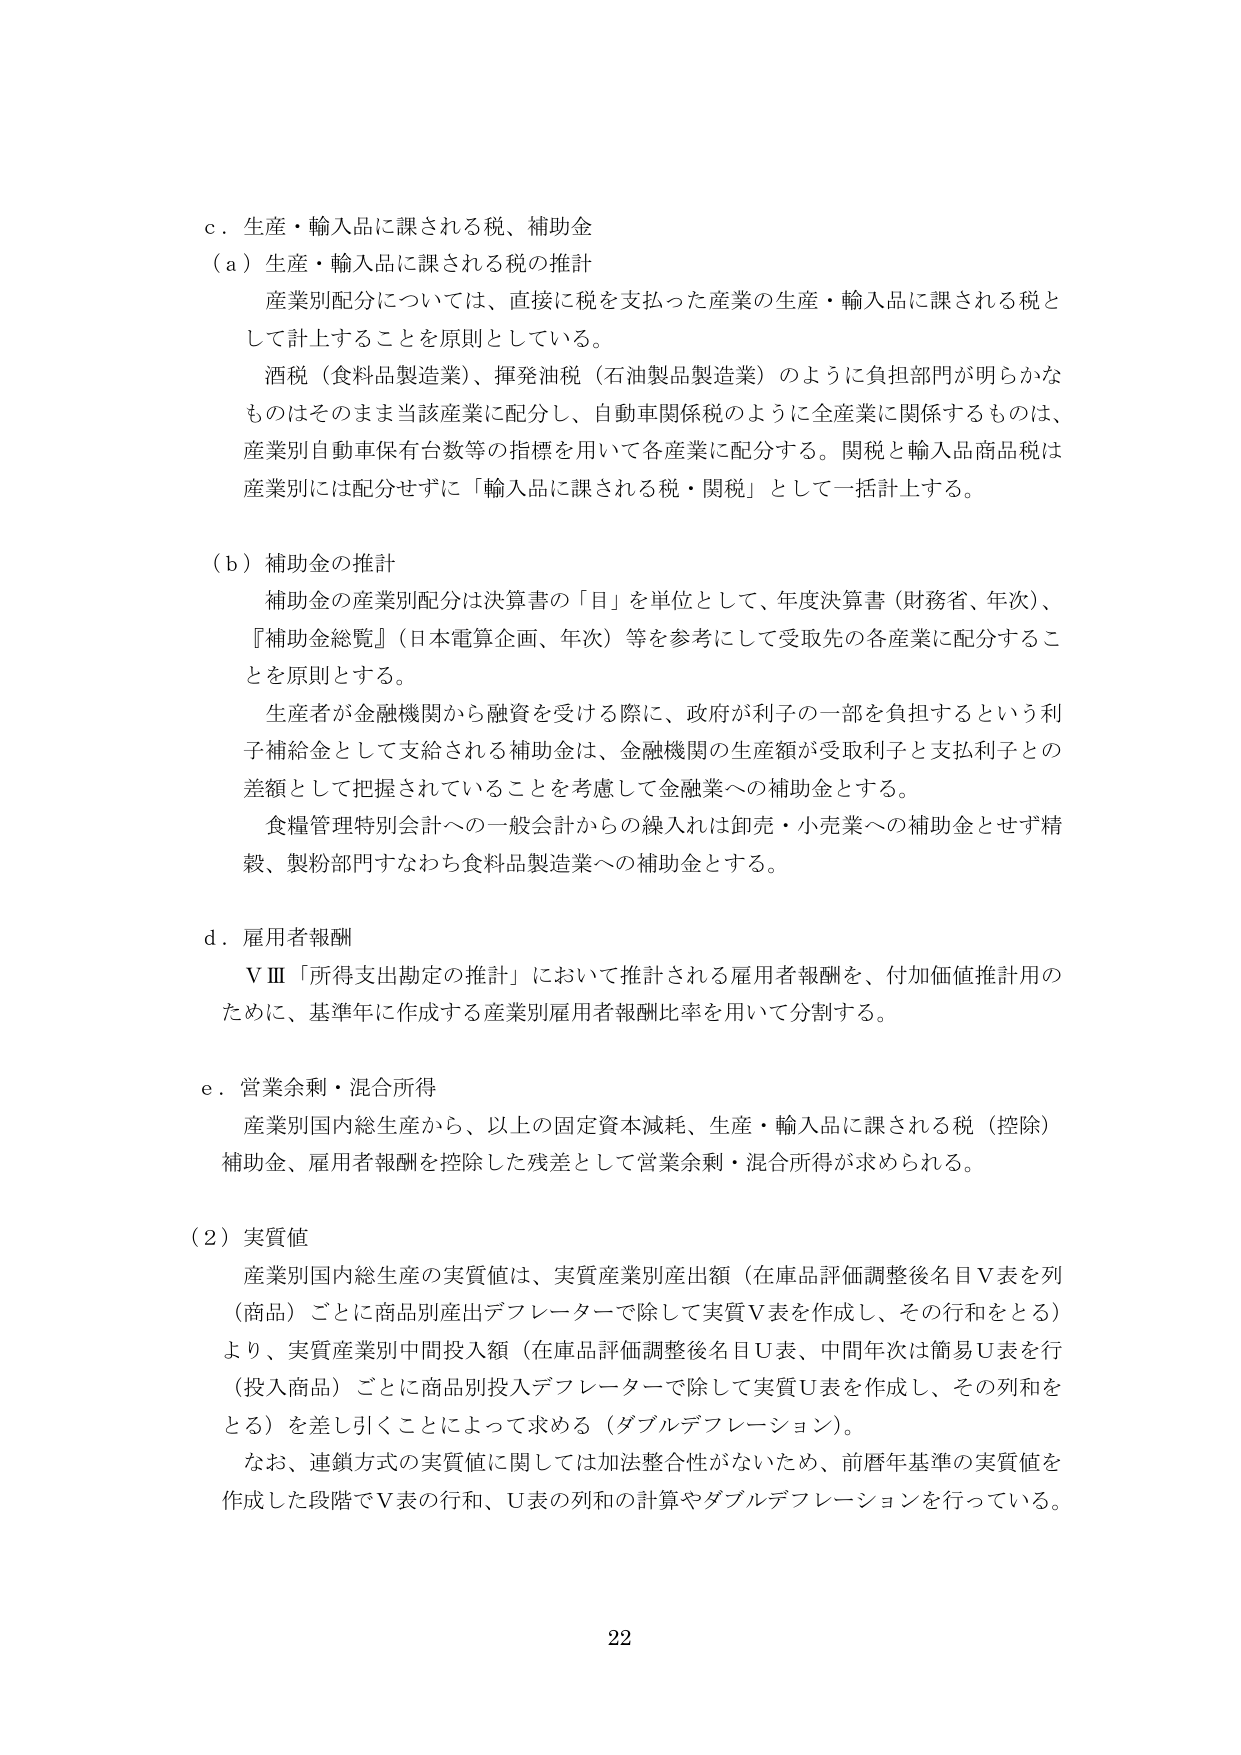
c．生産・輸入品に課される税、補助金
（a）生産・輸入品に課される税の推計
　　産業別配分については、直接に税を支払った産業の生産・輸入品に課される税として計上することを原則としている。
　　酒税（食料品製造業）、揮発油税（石油製品製造業）のように負担部門が明らかなものはそのまま当該産業に配分し、自動車関係税のように全産業に関係するものは、産業別自動車保有台数等の指標を用いて各産業に配分する。関税と輸入品商品税は産業別には配分せず、「輸入品に課される税・関税」として一括計上する。

（b）補助金の推計
　　補助金の産業別配分は決算書の「目」を単位として、年度決算書（財務省、年次）、『補助金総覧』（日本電算企画、年次）等を参考にして受取先の各産業に配分することを原則とする。
　　生産者が金融機関から融資を受ける際に、政府が利子の一部を負担するという利子補給金として支給される補助金は、金融機関の生産額が受取利子と支払利子との差額として把握されていることを考慮して金融業への補助金とする。
　　食糧管理特別会計への一般会計からの繰入れは卸売・小売業への補助金とせず精穀、製粉部門すなわち食料品製造業への補助金とする。

d．雇用者報酬
　　ⅤⅢ「所得支出勘定の推計」において推計される雇用者報酬を、付加価値推計用のために、基準年に作成する産業別雇用者報酬比率を用いて分割する。

e．営業余剰・混合所得
　　産業別国内総生産から、以上の固定資本減耗、生産・輸入品に課される税（控除）補助金、雇用者報酬を控除した残差として営業余剰・混合所得が求められる。

（2）実質値
　　産業別国内総生産の実質値は、実質産業別産出額（在庫品評価調整後名目Ｖ表を列（商品）ごとに商品別産出デフレーターで除して実質Ｖ表を作成し、その行和をとる）より、実質産業別中間投入額（在庫品評価調整後名目Ｕ表、中間年次は簡易Ｕ表を行（投入商品）ごとに商品別投入デフレーターで除して実質Ｕ表を作成し、その列和をとる）を差し引くことによって求める（ダブルデフレーション）。
　　なお、連鎖方式の実質値に関しては加法整合性がないため、前暦年基準の実質値を作成した段階でＶ表の行和、Ｕ表の列和の計算やダブルデフレーションを行っている。

22